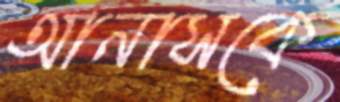
আনাসকে